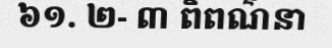
៦១. ២- ៣ ពិពណ៌នា